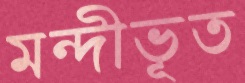
মন্দীভূত